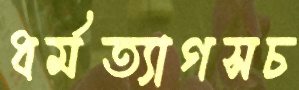
ধর্মত্যাগসচ